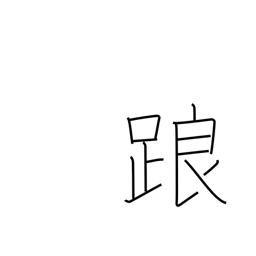
Meaning: falter